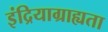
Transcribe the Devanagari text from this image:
इंद्रियाग्राह्यता